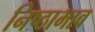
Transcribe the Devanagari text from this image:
निष्ठाभाव